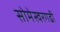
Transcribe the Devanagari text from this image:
सोमेस्वरगढी